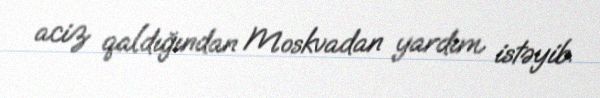
aciz qaldığından Moskvadan yardım istəyib.